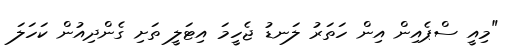
"މިއީ ސްޕެއިން އިން ހަތަރު ލަނޑު ޖެހީމަ އިޓަލީ ތަށި ގެންދިއުން ކަހަލަ